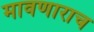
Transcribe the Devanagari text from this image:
मावणाराच